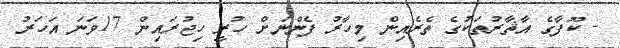
- ކޫފާގެ އާޘާރުތަކުގެ ތެރެއިން މިހާރު ފެންނަށް ހުރީ ހިޖުރައިން 17ވަނަ އަހަރު